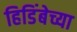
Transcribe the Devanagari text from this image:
हिडिंबेच्या